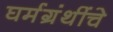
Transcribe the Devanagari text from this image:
घर्मग्रंथींचे